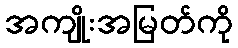
အကျိုးအမြတ်ကို